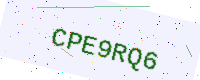
Text: CPE9RQ6